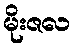
မိုးဇလ